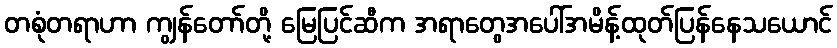
တစုံတရာဟာ ကျွန်တော်တို့ မြေပြင်ဆီက အရာတွေအပေါ်အမိန့်ထုတ်ပြန်နေသယောင်